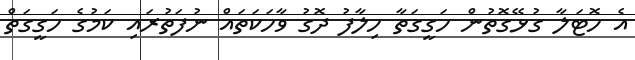
އެ ހޮޓަލާ ގުޅޭގޮތުން ހަގީގަތާ ހިލާފު ދޮގު ވާހަކަތައް ނުފަތުރައި ކަމުގެ ހަގީގަތް